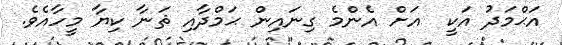
އަޙްމަދު އަކީ  އަށް އެންމެ ގިނައިން ޙަމްދާއި ޘަނާ ކިޔާ މީހާއެވެ.